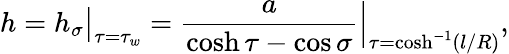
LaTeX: h=h_{\sigma}\big|_{\tau=\tau_{w}}=\frac{a}{\cosh\tau-\cos\sigma}\Big|_{\tau=\cosh^{-1}(l/R)},